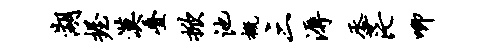
湖握漠叠掀池概三溽丞茫唧